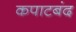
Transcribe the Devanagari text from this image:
कपाटबंद